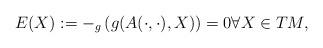
LaTeX: \begin{align*}E(X) := -_g \left(g(A(\cdot,\cdot),X) \right) = 0 \forall X \in TM,\end{align*}